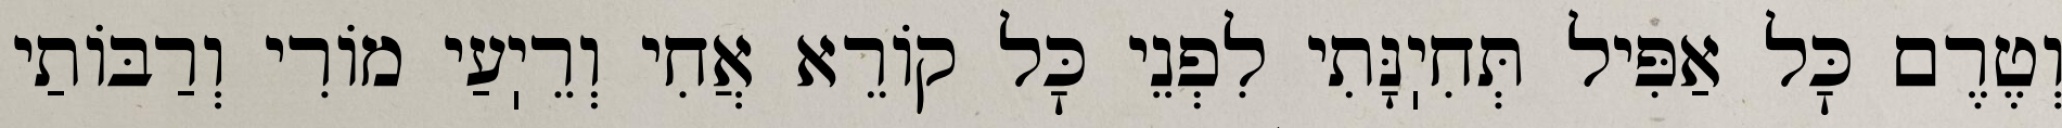
וְטֶרֶם כׇּל אַפִּיל תְּחִיֽנָּתִי לִפְנֵי כׇּל קוֹרֵא אֲחִי וְרֵיֽעַי מוֹרִי וְרַבּוֹתַי